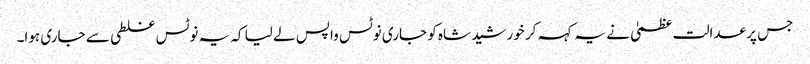
جس پر عدالت عظمیٰ نے یہ کہہ کر خورشید شاہ کو جاری نوٹس واپس لے لیا کہ یہ نوٹس غلطی سے جاری ہوا۔